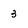
Character: 3